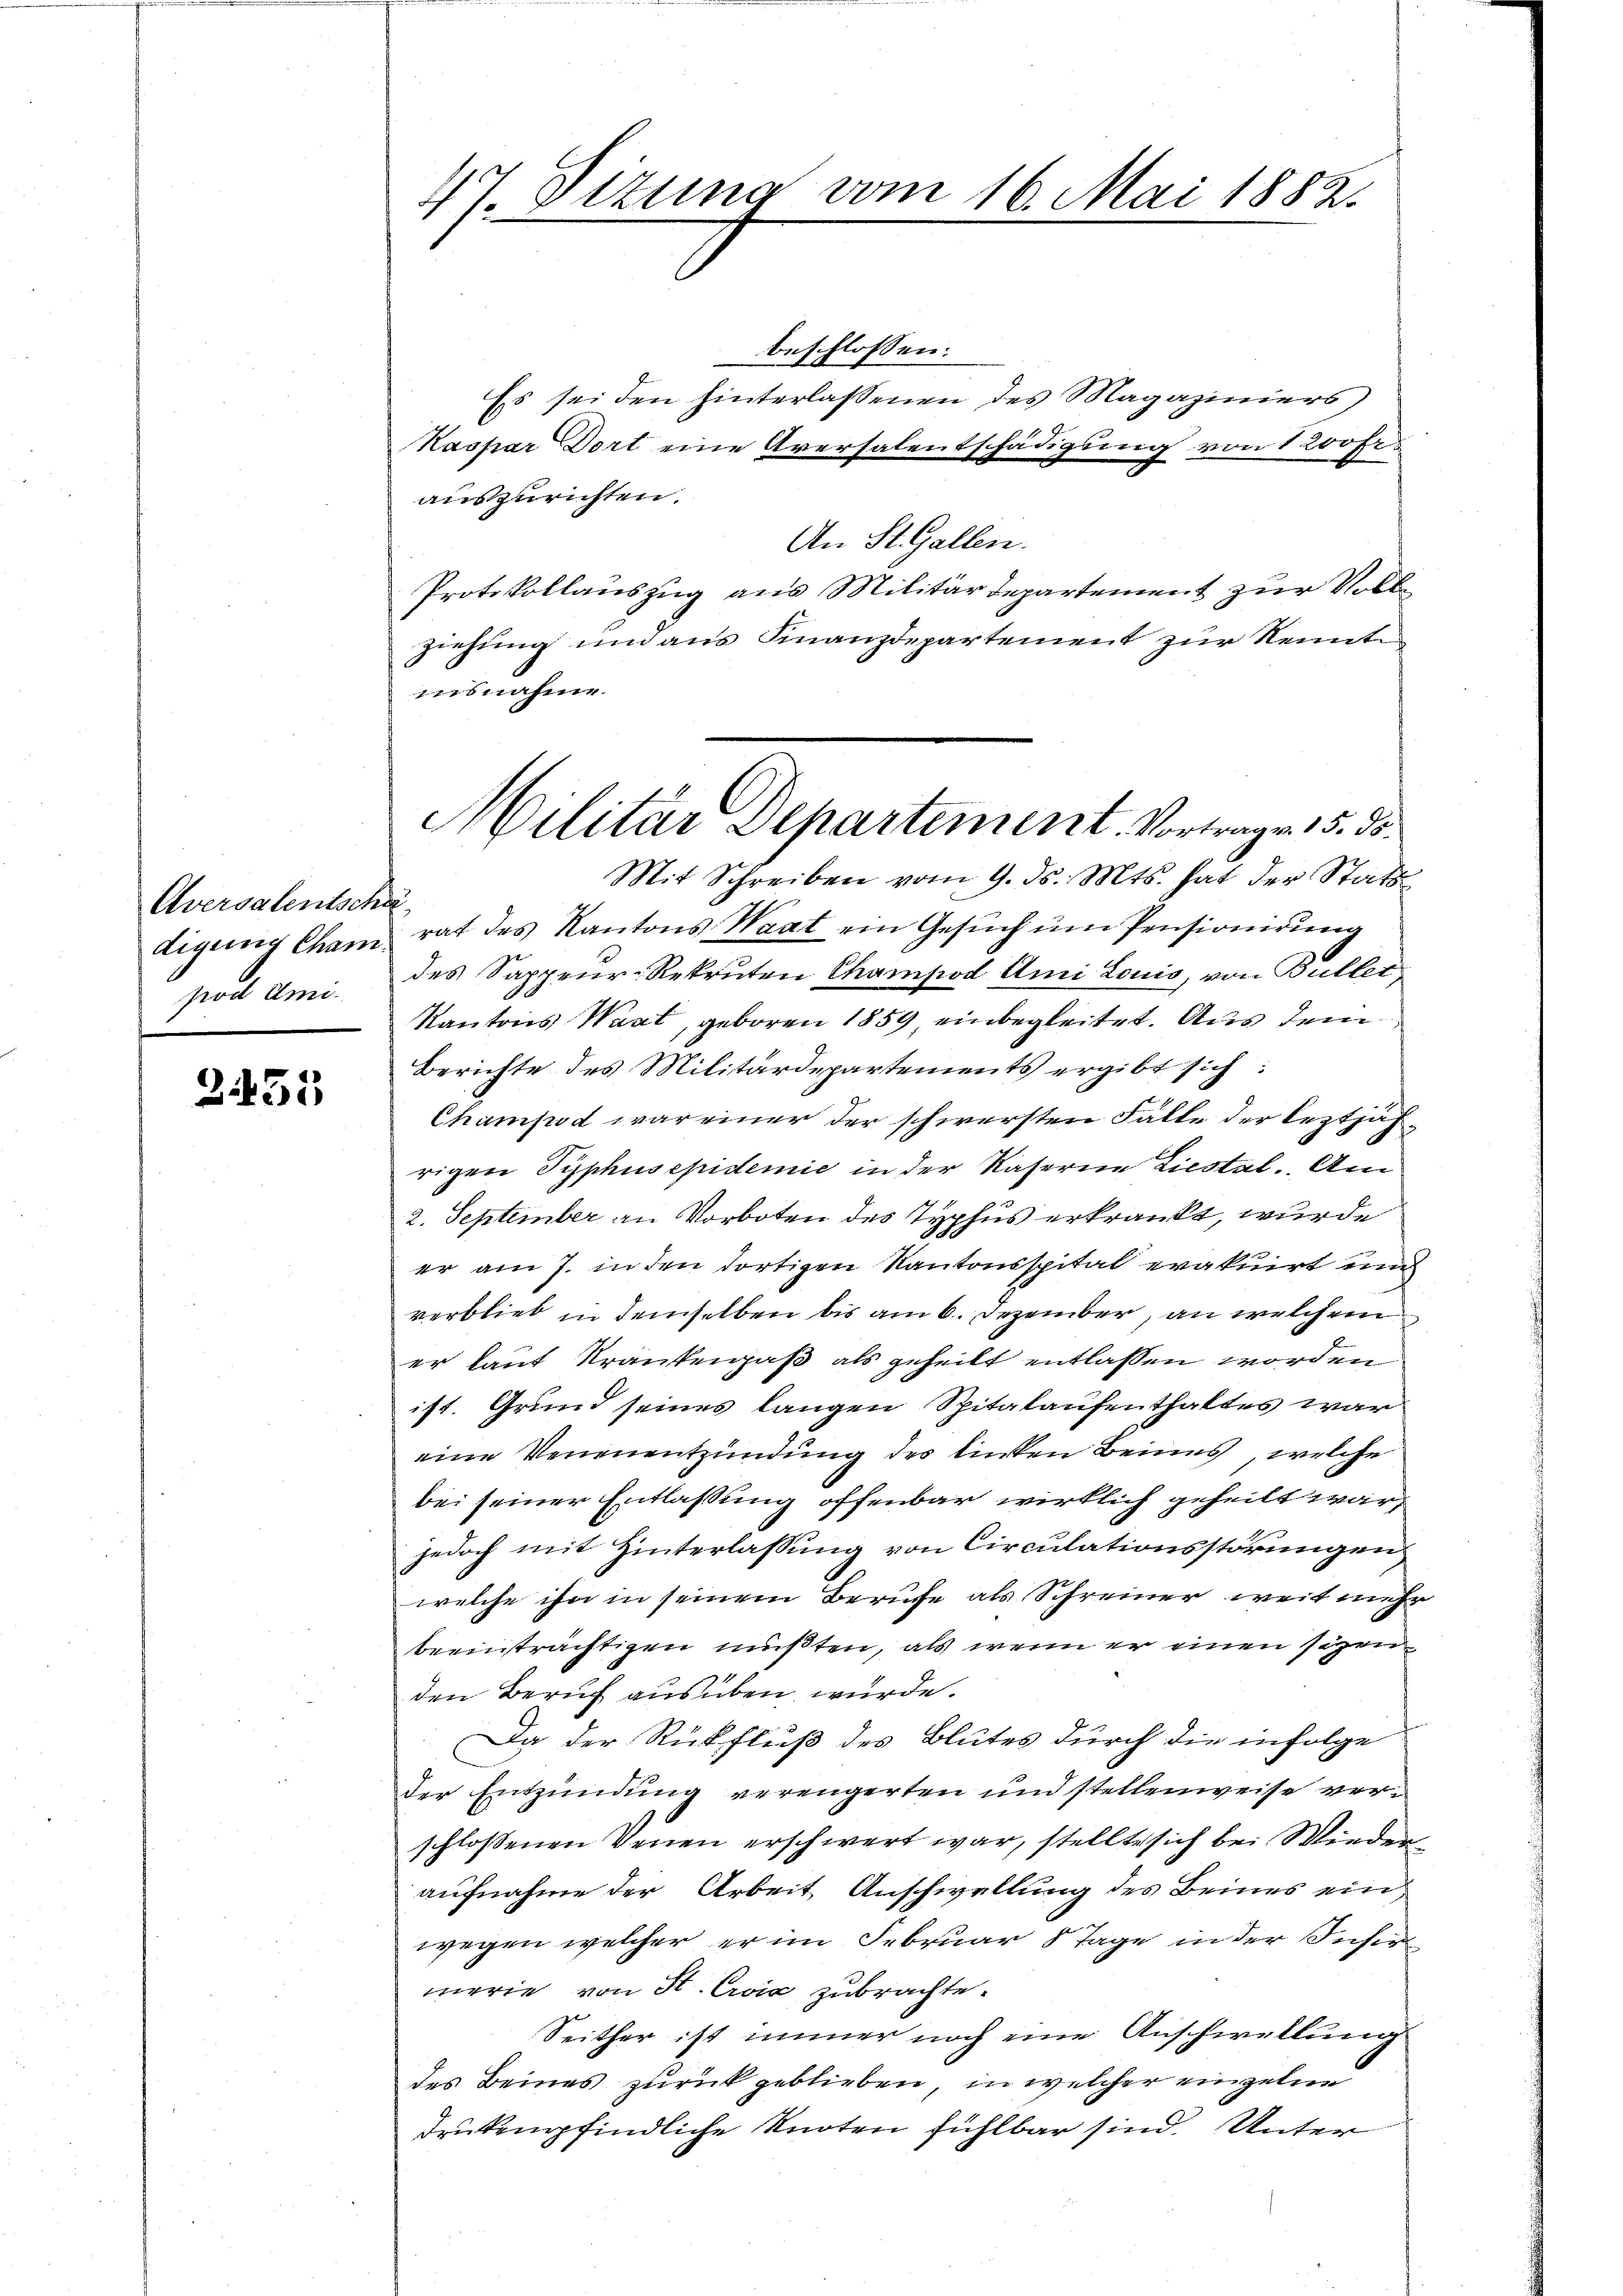
Aversalentschäpod Ami.

2453

47. Dizuna vom 16. Mai 1882.

beschlossen:
Es sei den hinterlassenen des Magaziners
Kaspar Dort eine Aversalentschädigung von 1 200 fr.
B
auszurichten.
An St. Gallen.
Protokollauszug aus Militärdepartement zur Vollziehung und aus Finanzdepartement zur Kennt
ausnahme.
Mit Schreiben vom 9. ds. Mts. hat der Statt
digung Cham rat des Kantons Waat ein Gesŭch ŭm Pensionirŭng
des Sappeur-Rekruten Champod Ami Louis, von Butter
Kantons Wart, geboren 1859, einbegleitet. Aus dem
Berichte des Militärdepartements ergibt sich:
Champod war einer der schwersten Falle der leztjährigen Typhusepidemie in der Kaserein Liestal. Am
2. September an Vorboten des Typhus erkrankt, wurde
er am 7. in den dortigen Kantonsspital evakuirt und
verblieb in demselben bis am 6. Dezember, an welchem
er laut Krankenaß als geheilt entlassen worden
ist. Grund seines langen Spitalaufenthaltes war
eine Venenentzündung des linken Beines, welche
bei seiner Entlaßung offenbar wirklich geheilt war,
jedoch mit Hinterlassung von Circulationsstörungen
welche ihn in seinem Berufe als Schreiner weit mehr
beeinträchtigen mußten, als wenn er einen sitzen
den Beruf ausüben würde.
Da der Rückfluß des Blutes durch die infolge
der Entzündung verengerten und stellenweise verschlossenen Venen erschwert war, stellte sich bei Wiederaufnahme der Arbeit Anschwellung des Beines ein
wegen welcher er im Februar 8 Tage in der Insir
merie von St. Civić zubrachte.
Seither ist immer noch eine Anschwellung
des Beines zurückgeblieben, in welcher einzelne
drukempfindliche Knoten fühlbar sind. Unter

Militär Departement. Vortrage 15. ds.